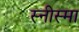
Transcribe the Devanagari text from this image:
स्नीस्मा